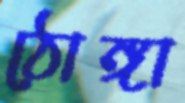
ঠোঙ্গা